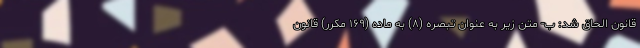
قانون الحاق شد: ب- متن زیر به عنوان تبصره (۸) به ماده (۱۶۹ مکرر) قانون